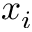
x _ { i }